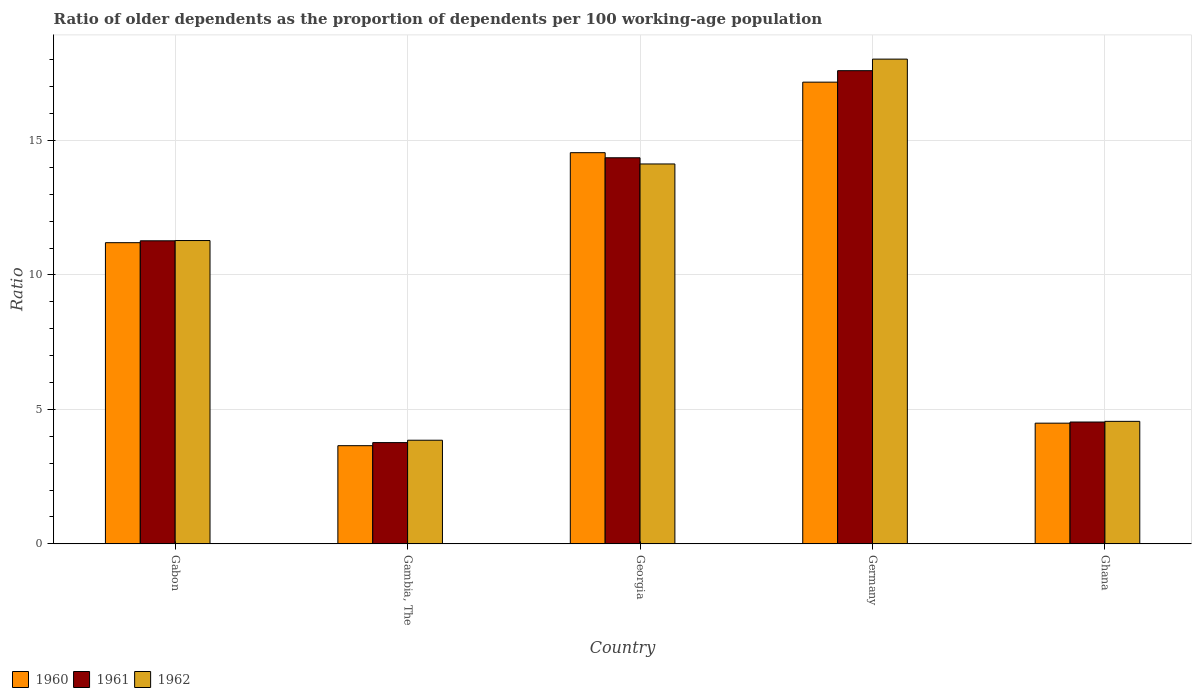
| Country | 1960 | 1961 | 1962 |
 | --- | --- | --- | --- |
 | Gabon | 11.2 | 11.3 | 11.3 |
 | Gambia, The | 3.65 | 3.77 | 3.85 |
 | Georgia | 14.5 | 14.4 | 14.1 |
 | Germany | 17.2 | 17.6 | 18 |
 | Ghana | 4.49 | 4.53 | 4.56 |